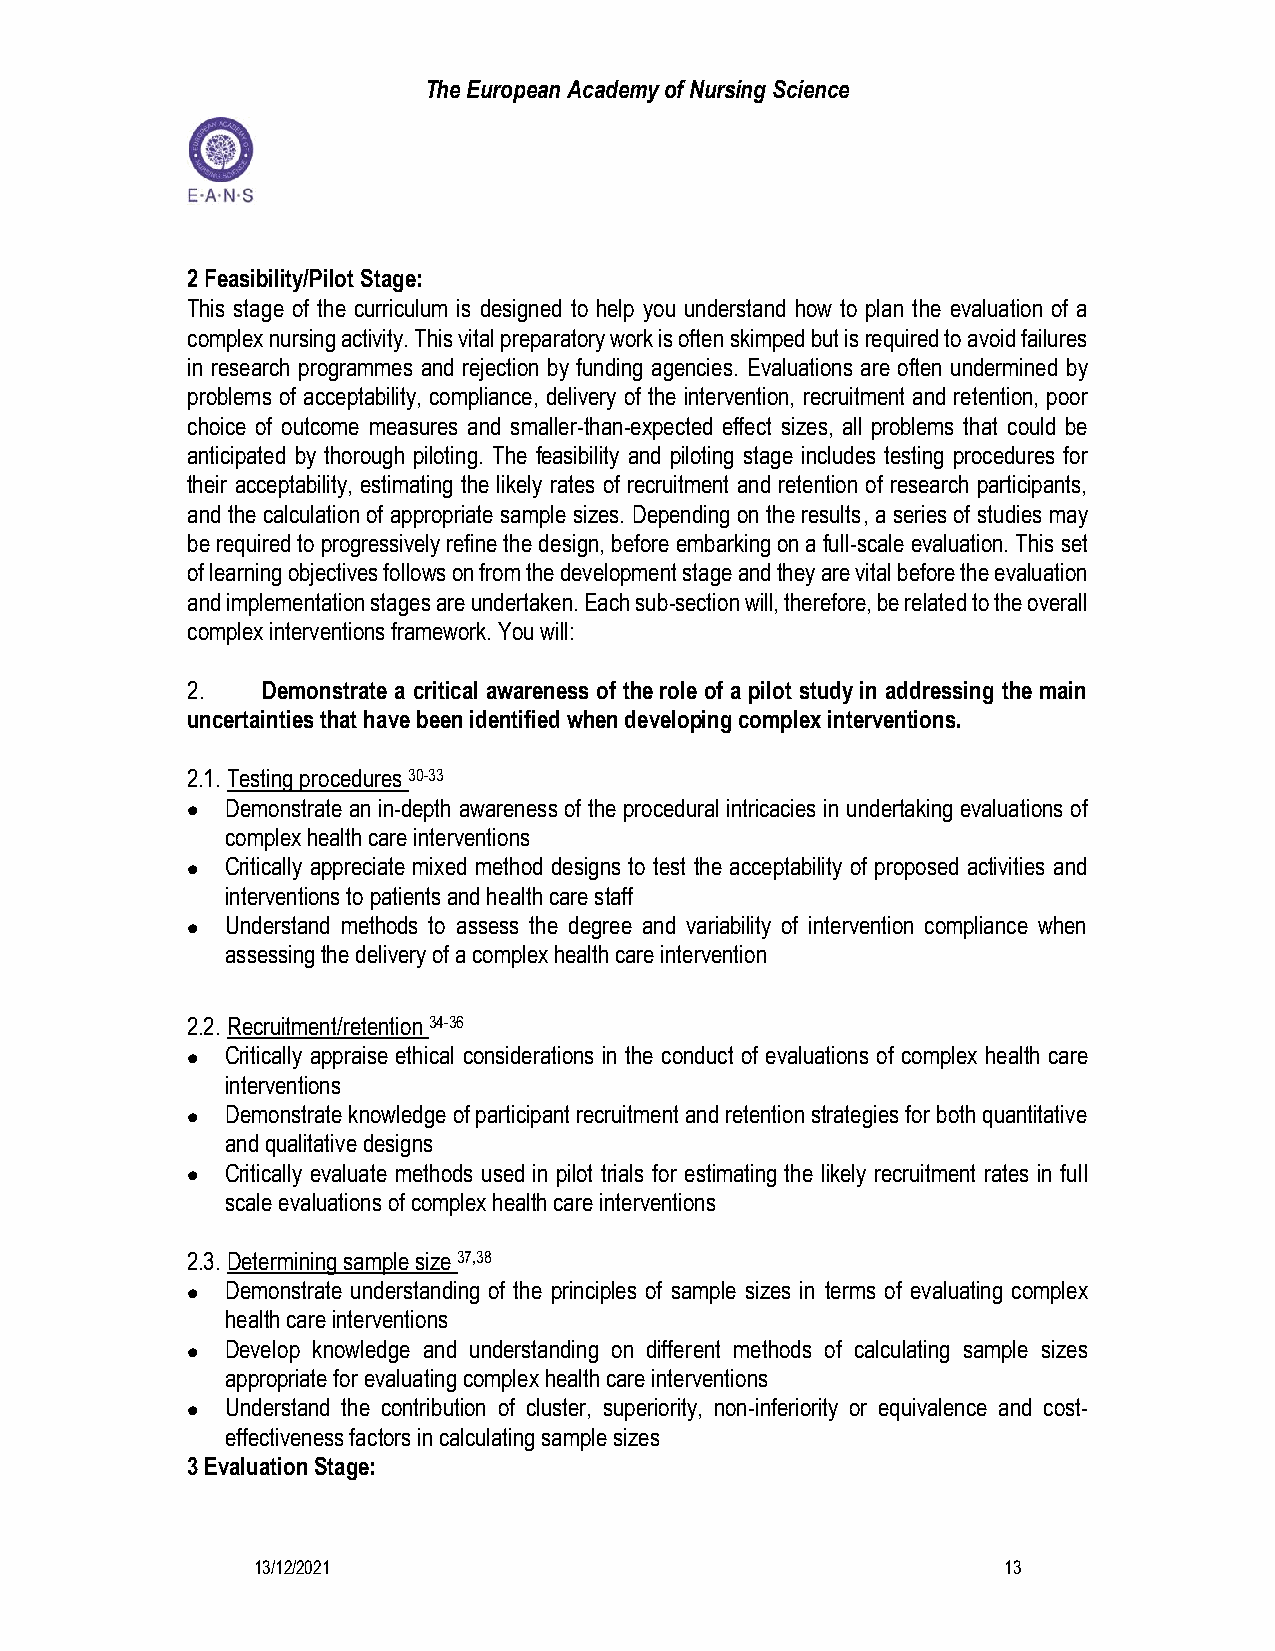
The European Academy of Nursing Science
 2 Feasibility/Pilot Stage:
 This stage of the curriculum is designed to help you understand how to plan the evaluation of a
 complex nursing activity. This vital preparatory work is often skimped but is required to avoid failures
 in research programmes and rejection by funding agencies. Evaluations are often undermined by
 problems of acceptability, compliance, delivery of the intervention, recruitment and retention, poor
 choice of outcome measures and smaller-than-expected effect sizes, all problems that could be
 anticipated by thorough piloting. The feasibility and piloting stage includes testing procedures for
 their acceptability, estimating the likely rates of recruitment and retention of research participants,
 and the calculation of appropriate sample sizes. Depending on the results, a series of studies may
 be required to progressively refine the design, before embarking on a full-scale evaluation. This set
 of learning objectives follows on from the development stage and they are vital before the evaluation
 and implementation stages are undertaken. Each sub-section will, therefore, be related to the overall
 complex interventions framework. You will:
 2.   Demonstrate a critical awareness of the role of a pilot study in addressing the main
 uncertainties that have been identified when developing complex interventions.
 2.1. Testing procedures 30-33
 •  Demonstrate an in-depth awareness of the procedural intricacies in undertaking evaluations of
 complex health care interventions
 •  Critically appreciate mixed method designs to test the acceptability of proposed activities and
 interventions to patients and health care staff
 •  Understand methods to assess the degree and variability of intervention compliance when
 assessing the delivery of a complex health care intervention
 2.2. Recruitment/retention 34-36
 •  Critically appraise ethical considerations in the conduct of evaluations of complex health care
 interventions
 •  Demonstrate knowledge of participant recruitment and retention strategies for both quantitative
 and qualitative designs
 •  Critically evaluate methods used in pilot trials for estimating the likely recruitment rates in full
 scale evaluations of complex health care interventions
 2.3. Determining sample size 37,38
 •  Demonstrate understanding of the principles of sample sizes in terms of evaluating complex
 health care interventions
 •  Develop knowledge and understanding on different methods of calculating sample sizes
 appropriate for evaluating complex health care interventions
 •  Understand the contribution of cluster, superiority, non-inferiority or equivalence and cost-
 effectiveness factors in calculating sample sizes
 3 Evaluation Stage:
 13/12/2021                                       13